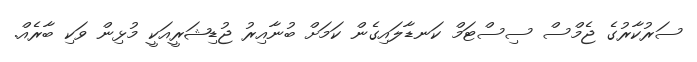
ސަރުކާރުގެ ޖެމްސް ސިސްޓަމް ކަނޑާލައިގެން ކަމަށް ބުނާއިރު ޖުޑިޝަރީއަކީ މުޅިން ވަކި ބާރެއް.